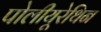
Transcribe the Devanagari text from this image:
पोलीयूरेथिन